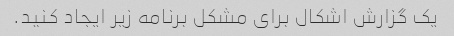
یک گزارش اشکال برای مشکل برنامه زیر ایجاد کنید.